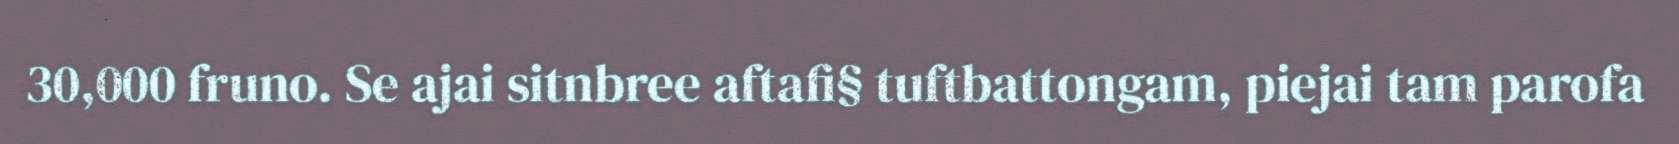
30,000 fruno. Se ajai sitnbree aftafi§ tuftbattongam, piejai tam parofa